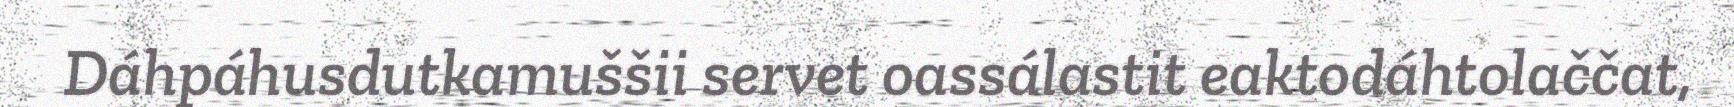
Dáhpáhusdutkamuššii servet oassálastit eaktodáhtolaččat,